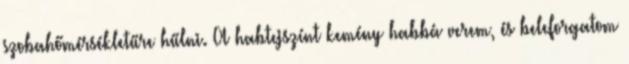
szobahőmérsékletűre hűlni. A habtejszínt kemény habbá verem, és beleforgatom